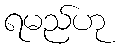
ရမည်ဟု